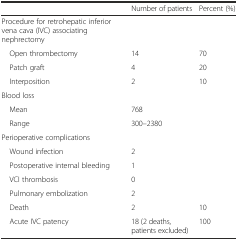
<table><thead><tr><td></td><td><b>Number of patients</b></td><td><b>Percent (%)</b></td></tr></thead><tbody><tr><td>Procedure for retrohepatic inferior vena cava (IVC) associating nephrectomy</td><td></td><td></td></tr><tr><td> Open thrombectomy</td><td>14</td><td>70</td></tr><tr><td> Patch graft</td><td>4</td><td>20</td></tr><tr><td> Interposition</td><td>2</td><td>10</td></tr><tr><td>Blood loss</td><td></td><td></td></tr><tr><td> Mean</td><td>768</td><td></td></tr><tr><td> Range</td><td>300–2380</td><td></td></tr><tr><td>Perioperative complications</td><td></td><td></td></tr><tr><td> Wound infection</td><td>2</td><td></td></tr><tr><td> Postoperative internal bleeding</td><td>1</td><td></td></tr><tr><td> VCI thrombosis</td><td>0</td><td></td></tr><tr><td> Pulmonary embolization</td><td>2</td><td></td></tr><tr><td> Death</td><td>2</td><td>10</td></tr><tr><td> Acute IVC patency</td><td>18 (2 deaths, patients excluded)</td><td>100</td></tr></tbody></table>